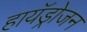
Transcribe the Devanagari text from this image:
हायॅड्रोजन